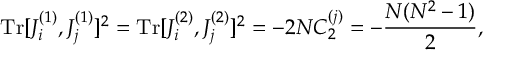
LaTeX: \mathrm { T r } [ J _ { i } ^ { ( 1 ) } , J _ { j } ^ { ( 1 ) } ] ^ { 2 } = \mathrm { T r } [ J _ { i } ^ { ( 2 ) } , J _ { j } ^ { ( 2 ) } ] ^ { 2 } = - 2 N C _ { 2 } ^ { ( j ) } = - \frac { N ( N ^ { 2 } - 1 ) } { 2 } ,